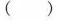
（ ）